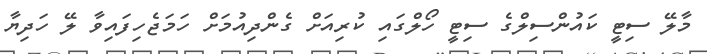
މާލޭ ސިޓީ ކައުންސިލްގެ ސިޓީ ހޯލްގައި ކުރިއަށް ގެންދިއުމަށް ހަމަޖެހިފައިވާ ލޭ ހަދިޔާ